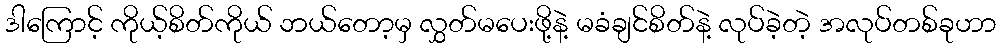
ဒါကြောင့် ကိုယ့်စိတ်ကိုယ် ဘယ်တော့မှ လွှတ်မပေးဖို့နဲ့ မခံချင်စိတ်နဲ့ လုပ်ခဲ့တဲ့ အလုပ်တစ်ခုဟာ